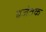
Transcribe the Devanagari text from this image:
बजेतक